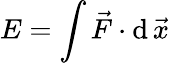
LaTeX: E=\int{\vec{F}}\cdot\mathrm{d\, }{\vec{x}}